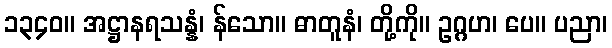
၁၃၄၀။ အဋ္ဌာနရသန္နံ၊ န်သော။ ဓာတူနံ၊ တို့ကို။ ဥဂ္ဂဟ၊ ပေ။ ပညာ၊